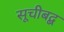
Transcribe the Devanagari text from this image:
सूचीबद्ब